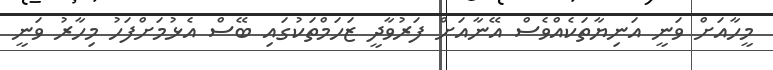
މީހާއަށް ވަނީ އަނިޔާތަކެއްވެސް އޭނާއަށް ފަރުވާދީ ޒަހަމްތަކުގައި ބޭސް އެޅުމަށްފަހު މިހާރު ވަނީ